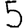
Digit: 5